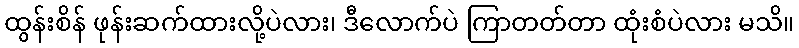
ထွန်းစိန် ဖုန်းဆက်ထားလို့ပဲလား၊ ဒီလောက်ပဲ ကြာတတ်တာ ထုံးစံပဲလား မသိ။